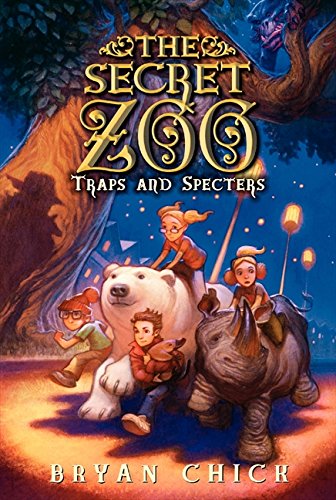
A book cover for The Secret Zoo: Traps and Specters; Bryan Chick; Children's Books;